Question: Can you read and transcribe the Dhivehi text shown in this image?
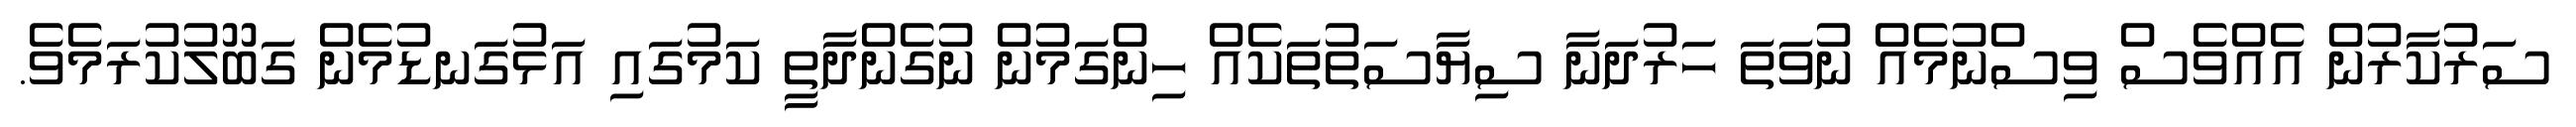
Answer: ސަރުކާރުން އެއްވެސް ވިސްނުމެއް ނުވަތަ ހަރުދަނާ ސިޔާސަތުތަކެއް ހިންގަމުން ނުގެންދާތީ ކަމުގައި އަޅުގަނޑުމެން ގަބޫލުކުރަމެވެ.